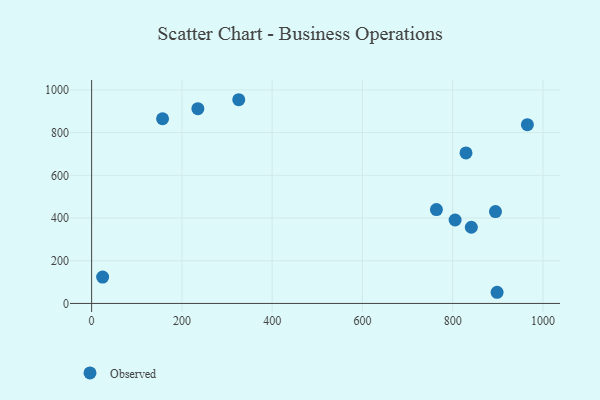
{"axis": {"x": "Distance", "y": "Yield"}, "legend": ["Observed"], "data": [{"x": "764.0", "y": 439.5, "type": "Observed"}, {"x": "235.4", "y": 912.2, "type": "Observed"}, {"x": "829.5", "y": 704.6, "type": "Observed"}, {"x": "894.8", "y": 430.1, "type": "Observed"}, {"x": "841.3", "y": 356.8, "type": "Observed"}, {"x": "805.4", "y": 390.8, "type": "Observed"}, {"x": "898.4", "y": 52.3, "type": "Observed"}, {"x": "24.4", "y": 123.3, "type": "Observed"}, {"x": "965.5", "y": 836.9, "type": "Observed"}, {"x": "326.0", "y": 953.9, "type": "Observed"}, {"x": "157.2", "y": 864.7, "type": "Observed"}]}